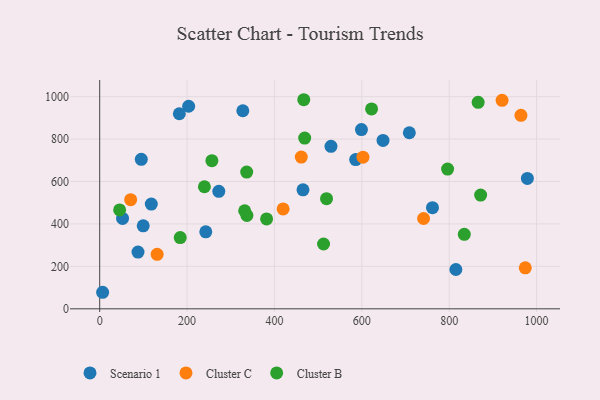
{"axis": {"x": "Engine Size", "y": "Demand"}, "legend": ["Cluster B", "Cluster C", "Scenario 1"], "data": [{"x": "242.8", "y": 363.1, "type": "Scenario 1"}, {"x": "585.9", "y": 703.5, "type": "Scenario 1"}, {"x": "708.7", "y": 829.9, "type": "Scenario 1"}, {"x": "99.6", "y": 391.2, "type": "Scenario 1"}, {"x": "327.6", "y": 933.5, "type": "Scenario 1"}, {"x": "648.5", "y": 793.9, "type": "Scenario 1"}, {"x": "978.9", "y": 614.7, "type": "Scenario 1"}, {"x": "203.6", "y": 954.7, "type": "Scenario 1"}, {"x": "465.3", "y": 560.9, "type": "Scenario 1"}, {"x": "6.7", "y": 78.0, "type": "Scenario 1"}, {"x": "529.4", "y": 765.8, "type": "Scenario 1"}, {"x": "599.1", "y": 844.8, "type": "Scenario 1"}, {"x": "118.1", "y": 493.8, "type": "Scenario 1"}, {"x": "272.6", "y": 553.7, "type": "Scenario 1"}, {"x": "182.3", "y": 919.5, "type": "Scenario 1"}, {"x": "761.7", "y": 476.5, "type": "Scenario 1"}, {"x": "95.2", "y": 704.8, "type": "Scenario 1"}, {"x": "815.2", "y": 185.4, "type": "Scenario 1"}, {"x": "87.7", "y": 267.7, "type": "Scenario 1"}, {"x": "52.3", "y": 426.1, "type": "Scenario 1"}, {"x": "419.8", "y": 470.8, "type": "Cluster C"}, {"x": "974.1", "y": 193.0, "type": "Cluster C"}, {"x": "70.9", "y": 514.3, "type": "Cluster C"}, {"x": "461.4", "y": 715.0, "type": "Cluster C"}, {"x": "131.5", "y": 257.0, "type": "Cluster C"}, {"x": "602.6", "y": 714.9, "type": "Cluster C"}, {"x": "964.2", "y": 912.1, "type": "Cluster C"}, {"x": "741.3", "y": 425.7, "type": "Cluster C"}, {"x": "921.0", "y": 982.8, "type": "Cluster C"}, {"x": "796.3", "y": 658.7, "type": "Cluster B"}, {"x": "239.7", "y": 575.4, "type": "Cluster B"}, {"x": "184.3", "y": 335.9, "type": "Cluster B"}, {"x": "871.9", "y": 535.9, "type": "Cluster B"}, {"x": "866.2", "y": 973.1, "type": "Cluster B"}, {"x": "336.9", "y": 440.1, "type": "Cluster B"}, {"x": "469.2", "y": 804.9, "type": "Cluster B"}, {"x": "834.5", "y": 351.3, "type": "Cluster B"}, {"x": "336.5", "y": 644.3, "type": "Cluster B"}, {"x": "45.6", "y": 465.9, "type": "Cluster B"}, {"x": "467.1", "y": 985.5, "type": "Cluster B"}, {"x": "382.0", "y": 423.9, "type": "Cluster B"}, {"x": "519.2", "y": 519.2, "type": "Cluster B"}, {"x": "331.8", "y": 462.3, "type": "Cluster B"}, {"x": "512.4", "y": 305.6, "type": "Cluster B"}, {"x": "256.8", "y": 698.2, "type": "Cluster B"}, {"x": "622.3", "y": 942.1, "type": "Cluster B"}]}